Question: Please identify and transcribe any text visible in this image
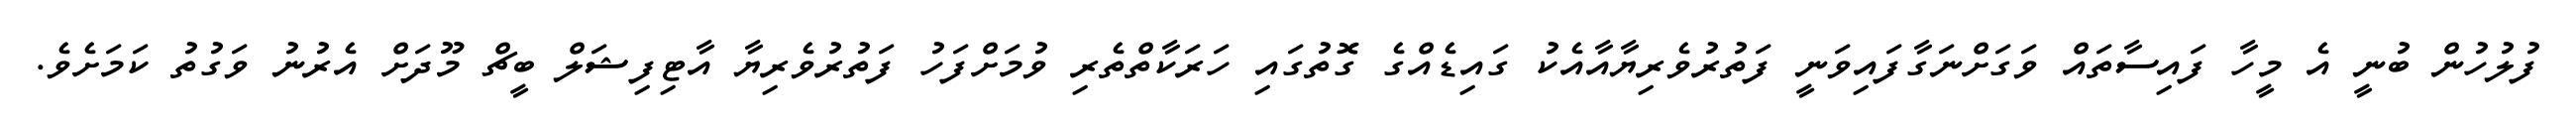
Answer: ފުލުހުން ބުނީ އެ މީހާ ފައިސާތައް ވަގަށްނަގާފައިވަނީ ފަތުރުވެރިޔާއާއެކު ގައިޑެއްގެ ގޮތުގައި ހަރަކާތްތެރި ވުމަށްފަހު ފަތުރުވެރިޔާ އާޓިފިޝަލް ބީޗް މޫދަށް އެރުނު ވަގުތު ކަމަށެވެ.